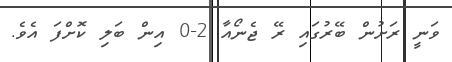
ވަނީ ރަށުން ބޭރުގައި ރޭ ޖެނޯއާ 2-0 އިން ބަލި ކޮށްފަ އެވެ.